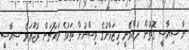
ނާ ސިޔާސީ ގޮތުން ދުއްވޭނީ މިޒަމާނުގެ ވިސްނުން ތަކުގެ މައްޗަށް ރުޖޫޢަވެ ސިޔާސީ